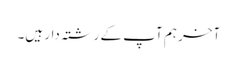
آخر ہم آپ کے رشتہ دار ہیں۔